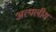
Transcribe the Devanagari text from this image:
अत्पलीय